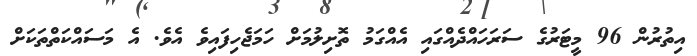
އިތުރުންް 96 މީޓަރުގެ ސަރަހައްދެއްގައި އެއްގަމު ތޮށިލުމަށް ހަމަޖެހިފައިވެ އެވެ. އެ މަސައްކަތްތަކަށް